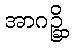
အာဂဉ္ဆိ